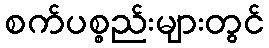
စက်ပစ္စည်းများတွင်